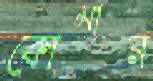
কোমান